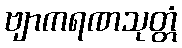
ဗျာကရဏသုတ္တံ